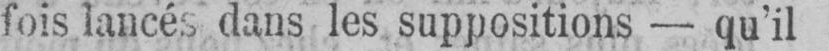
fois lancés dans les suppositions - qu’il